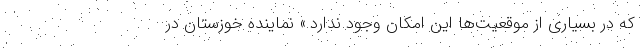
که در بسیاری از موقعیت‌ها این امکان وجود ندارد.» نماینده خوزستان در